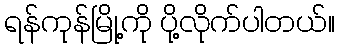
ရန်ကုန်မြို့ကို ပို့လိုက်ပါတယ်။